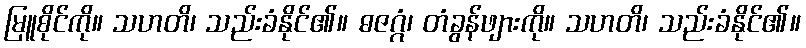
မြူစိုင်ကို။ သဟတိ၊ သည်းခံနိုင်၏။ ဓဇဂ္ဂံ၊ တံခွန်ဖျားကို။ သဟတိ၊ သည်းခံနိုင်၏။